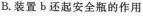
B.装置b还起安全瓶的作用